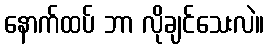
နောက်ထပ် ဘာ လိုချင်သေးလဲ။